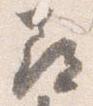
尋